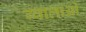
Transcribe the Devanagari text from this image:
ग्वालाओं